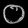
Digit: ၀